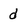
Character: d